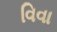
વિવા